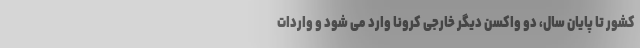
کشور تا پایان سال، دو واکسن دیگر خارجی کرونا وارد می شود و واردات